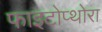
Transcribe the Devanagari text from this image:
फाइटोप्थोरा